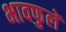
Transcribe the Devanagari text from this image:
भावफुलें